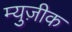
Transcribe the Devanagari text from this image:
म्युज़ीक